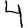
Digit: 4